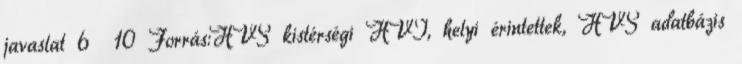
javaslat 6 10 Forrás:HVS kistérségi HVI, helyi érintettek, HVS adatbázis